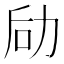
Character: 劶